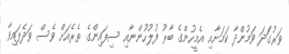
ވަރުގަދަ ވަމުންދާ ކަމަށާއި އެމީހުންގެ ބާރު ފުލުހުންނާއި ސިފައިންގެ ތެރެއަށް ވެސް ވަދެފައިވާ